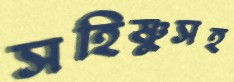
সহিষ্ণুসহ